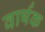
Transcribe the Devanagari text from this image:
वार्षक